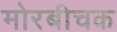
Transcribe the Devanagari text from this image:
मोरबीचक